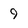
Character: 9